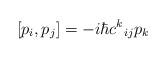
LaTeX: \begin{align*}[p_{i}, p_{j}]=-i\hbar c^{k}{}_{ij} p_{k}\end{align*}